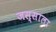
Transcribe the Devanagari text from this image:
जस्साला